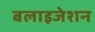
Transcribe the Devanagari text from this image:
बलाइजेशन